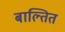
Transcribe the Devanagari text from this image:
बाल्तित